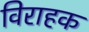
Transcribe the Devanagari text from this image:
विराहक